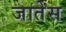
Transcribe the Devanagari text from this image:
जातेस